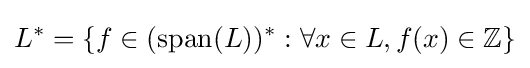
L^{*}=\{f\in ({\text{span}}(L))^{*}:\forall x\in L,f(x)\in \mathbb {Z} \}